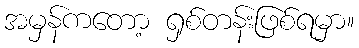
အမှန်ကတော့ ရှစ်တန်းဖြစ်ရမှာ။